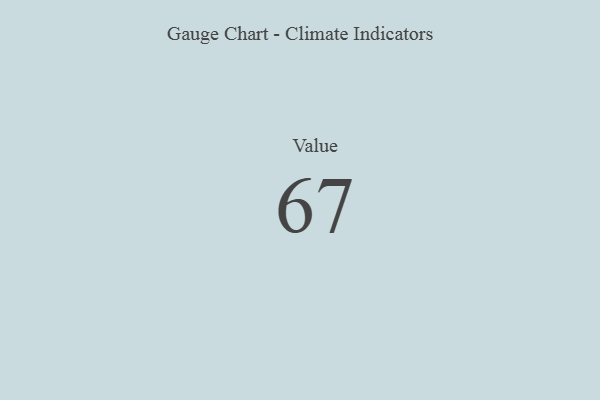
{"axis": {"x": "Metric", "y": "Value"}, "legend": [""], "data": [{"x": "Value", "y": 67, "type": ""}]}